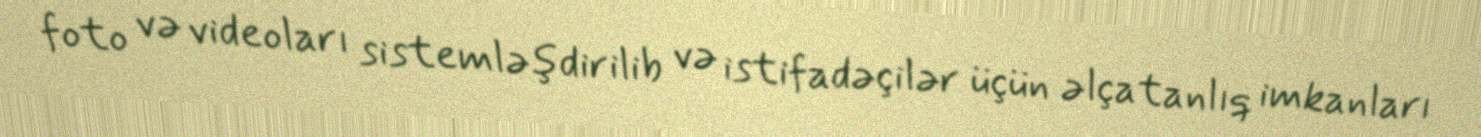
foto və videoları sistemləşdirilib və istifadəçilər üçün əlçatanlıq imkanları